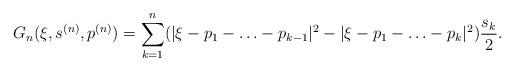
LaTeX: \begin{align*}G_n(\xi, s^{(n)},p^{(n)})=\sum_{k=1}^n (|\xi-p_1-\ldots-p_{k-1}|^2-|\xi-p_1-\ldots-p_k|^2)\frac{s_k}{2}.\end{align*}